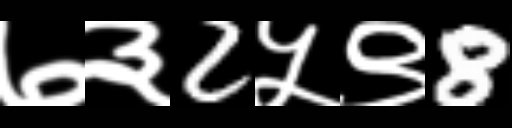
Text: ७३2५९8